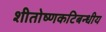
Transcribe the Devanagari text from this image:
शीतोष्णकटिबन्धीय